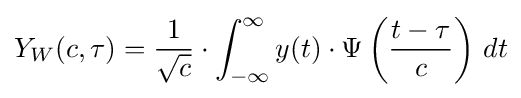
Y_{W}(c,\tau )={\frac {1}{\sqrt {c}}}\cdot \int _{-\infty }^{\infty }y(t)\cdot \Psi \left({\frac {t-\tau }{c}}\right)\,dt